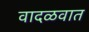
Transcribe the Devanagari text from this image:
वादळवात